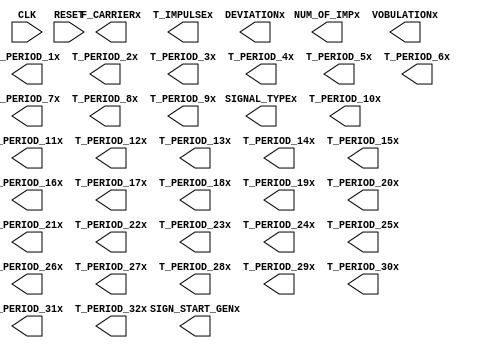

module input_block(

    input wire        CLK,
    input wire        RESET,
     
    output reg        SIGN_START_GENx,
     
    output reg [ 1:0] SIGNAL_TYPEx,
    output reg [31:0] F_CARRIERx,
    output reg [ 9:0] T_IMPULSEx,

    output reg [ 5:0] NUM_OF_IMPx, // from 0 to 63
    output reg        VOBULATIONx,

    output reg [12:0] T_PERIOD_1x,
    output reg [12:0] T_PERIOD_2x,
    output reg [12:0] T_PERIOD_3x,
    output reg [12:0] T_PERIOD_4x,
    output reg [12:0] T_PERIOD_5x,
    output reg [12:0] T_PERIOD_6x,
    output reg [12:0] T_PERIOD_7x,
    output reg [12:0] T_PERIOD_8x,
    output reg [12:0] T_PERIOD_9x,
    output reg [12:0] T_PERIOD_10x,
    output reg [12:0] T_PERIOD_11x,
    output reg [12:0] T_PERIOD_12x,
    output reg [12:0] T_PERIOD_13x,
    output reg [12:0] T_PERIOD_14x,
    output reg [12:0] T_PERIOD_15x,
    output reg [12:0] T_PERIOD_16x,
    output reg [12:0] T_PERIOD_17x,
    output reg [12:0] T_PERIOD_18x,
    output reg [12:0] T_PERIOD_19x,
    output reg [12:0] T_PERIOD_20x,
    output reg [12:0] T_PERIOD_21x,
    output reg [12:0] T_PERIOD_22x,
    output reg [12:0] T_PERIOD_23x,
    output reg [12:0] T_PERIOD_24x,
    output reg [12:0] T_PERIOD_25x,
    output reg [12:0] T_PERIOD_26x,
    output reg [12:0] T_PERIOD_27x,
    output reg [12:0] T_PERIOD_28x,
    output reg [12:0] T_PERIOD_29x,
    output reg [12:0] T_PERIOD_30x,
    output reg [12:0] T_PERIOD_31x,
    output reg [12:0] T_PERIOD_32x,

    output reg [21:0] DEVIATIONx); // inform output reg which calculation of phase stopped

//--user parameters------------------------------------------------------------

//--user variables-------------------------------------------------------------

//-----------------------------------------------------------------------------

//-----------------------------------------------------------------------------

    always @(posedge CLK) begin

        if (RESET) begin
            
        end else begin
            
        end
    end

endmodule